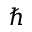
\hbar